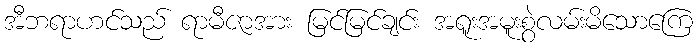
အီဘရာဟင်သည် ရာမီဇာအား မြင်မြင်ချင်း အရူးအမူးစွဲလမ်းမိသောကြေ